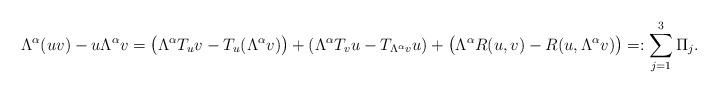
LaTeX: \begin{align*} \Lambda^{\alpha}(uv)- u\Lambda^{\alpha}v =\big(\Lambda^{\alpha}T_{u}v -T_{u}(\Lambda^{\alpha}v)\big)+(\Lambda^{\alpha}T_{v}u - T_{\Lambda^{\alpha}v}u) + \big(\Lambda^{\alpha}R(u,v)-R(u,\Lambda^{\alpha}v)\big)=: \sum_{j=1}^3 \Pi_j.\end{align*}